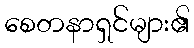
စေတနာရှင်များ၏